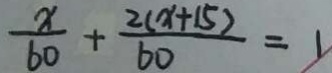
\frac { x } { 6 0 } + \frac { 2 ( x + 1 5 ) } { 6 0 } = 1